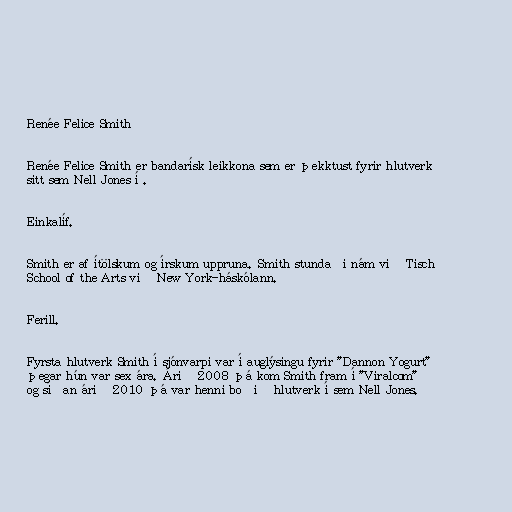
Renée Felice Smith

Renée Felice Smith er bandarísk leikkona sem er þekktust fyrir hlutverk
sitt sem Nell Jones í .

Einkalíf.

Smith er af ítölskum og írskum uppruna. Smith stundaði nám við Tisch
School of the Arts við New York-háskólann.

Ferill.

Fyrsta hlutverk Smith í sjónvarpi var í auglýsingu fyrir "Dannon Yogurt"
þegar hún var sex ára. Árið 2008 þá kom Smith fram í "Viralcom"
og síðan árið 2010 þá var henni boðið hlutverk í sem Nell Jones.